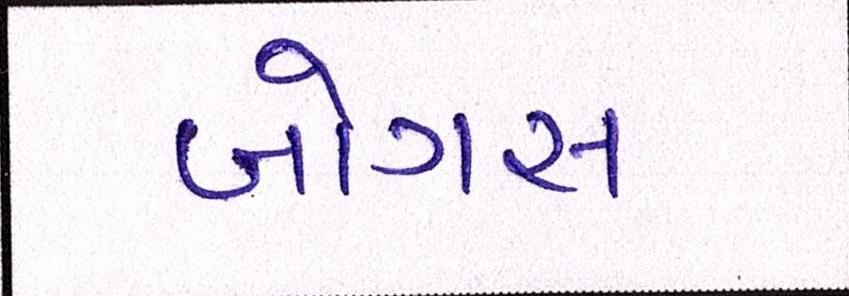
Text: બોગસ